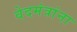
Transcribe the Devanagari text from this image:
वेदमंत्रांना